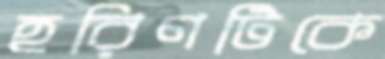
হরিণটিকে